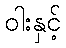
ဝါးနှင့်